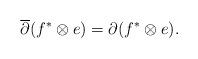
LaTeX: \begin{align*}\begin{aligned}\overline{\partial}(f^{*}\otimes e)=\partial(f^{*}\otimes e).\end{aligned}\end{align*}